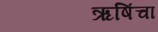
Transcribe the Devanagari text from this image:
ऋषिंचा